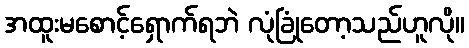
အထူးမစောင့်ရှောက်ရဘဲ လုံခြုံတော့သည်ဟူလို။